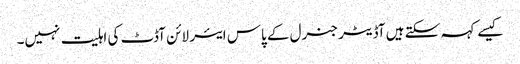
کیسے کہہ سکتے ہیں آڈیٹر جنرل کے پاس ایئر لائن آڈٹ کی اہلیت نہیں۔